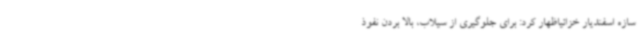
سازه اسفندیار خزائیاظهار کرد: برای جلوگیری از سیلاب، بالا بردن نفوذ